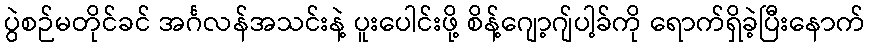
ပွဲစဉ်မတိုင်ခင် အင်္ဂလန်အသင်းနဲ့ ပူးပေါင်းဖို့ စိန့်ဂျော့ဂျ်ပါ့ခ်ကို ရောက်ရှိခဲ့ပြီးနောက်